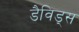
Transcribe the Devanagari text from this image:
डैविड्स